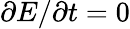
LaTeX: \partial E/\partial t=0